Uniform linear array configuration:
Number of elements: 8
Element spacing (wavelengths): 1
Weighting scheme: binomial
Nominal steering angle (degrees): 60
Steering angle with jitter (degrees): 61.805
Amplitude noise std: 0.05
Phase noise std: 0.05

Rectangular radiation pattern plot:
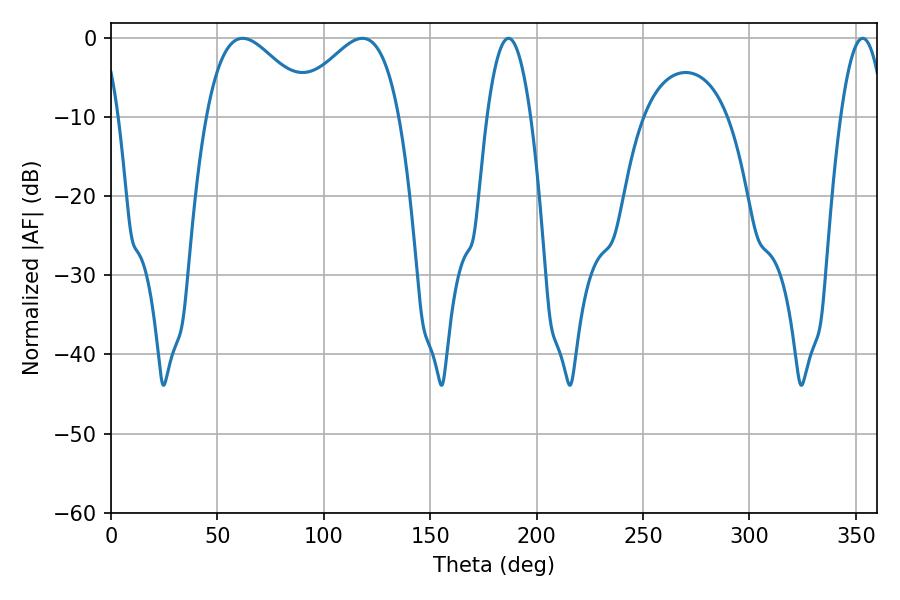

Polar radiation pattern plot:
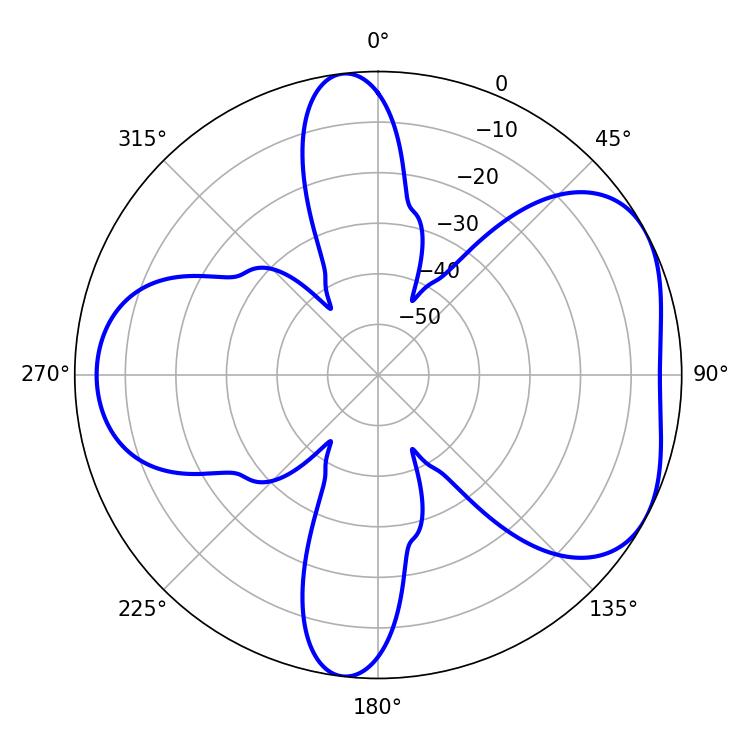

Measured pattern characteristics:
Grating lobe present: TRUE
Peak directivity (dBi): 4.916
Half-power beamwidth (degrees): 27
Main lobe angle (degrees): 61.92